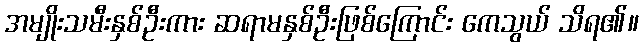
အမျိုးသမီးနှစ်ဦးကား ဆရာမနှစ်ဦးဖြစ်ကြောင်း ကေသွယ် သိရ၏။